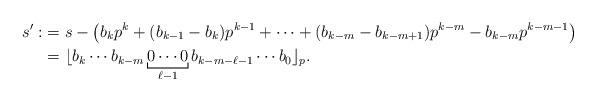
LaTeX: \begin{align*} s' :&=s-\big(b_kp^k+(b_{k-1}-b_k)p^{k-1}+\cdots+(b_{k-m}-b_{k-m+1})p^{k-m}-b_{k-m}p^{k-m-1}\big)\\&= \lfloor b_k \cdots b_{k-m} \underbracket[0.1ex]{0 \cdots 0}_{\ell-1} b_{k-m-\ell-1} \cdots b_0\rfloor_p.\end{align*}